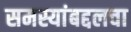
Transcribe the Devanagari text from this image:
समस्यांबद्दलचा